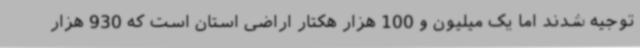
توجیه شدند اما یک میلیون و 100 هزار هکتار اراضی استان است که 930 هزار